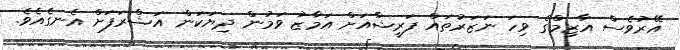
އޭރުވެސް އާޒިމްގެ ވިހަ ނަޒަރުތައް ފަރީޝާއަށް އަމާޒު ވަމުން ދިޔަކަން އަޝްރަފަށް އެނގެއެވެ.